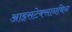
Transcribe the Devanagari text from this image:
आइसटेक्सानथिन